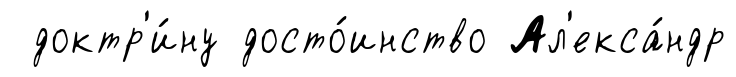
доктр'и́ну досто́инство Ал'екса́ндр